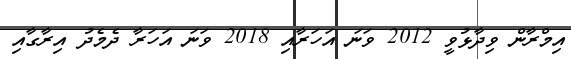
އިމްރާން ވިދާޅުވީ 2012 ވަނަ އަހަރާއި 2018 ވަނަ އަހަރާ ދެމެދު އިރާގާއި